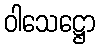
ဝါသေဋ္ဌော